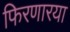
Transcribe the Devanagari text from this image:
फिरणारया